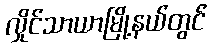
လှိုင်သာယာမြို့နယ်တွင်